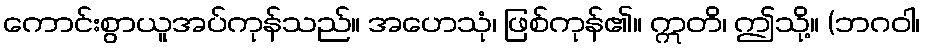
ကောင်းစွာယူအပ်ကုန်သည်။ အဟေသုံ၊ ဖြစ်ကုန်၏။ ဣတိ၊ ဤသို့။ (ဘဂဝါ၊